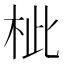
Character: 𣐑